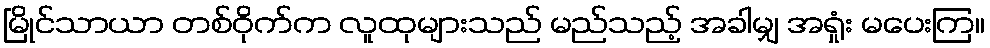
မြိုင်သာယာ တစ်ဝိုက်က လူထုများသည် မည်သည့် အခါမျှ အရှုံး မပေးကြ။